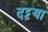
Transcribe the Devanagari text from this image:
दट्टया